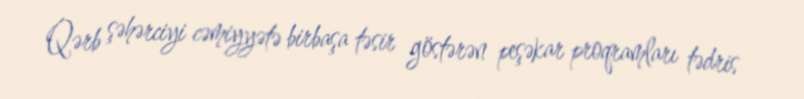
Qərb şəhərciyi cəmiyyətə birbaşa təsir göstərən peşəkar proqramları tədris